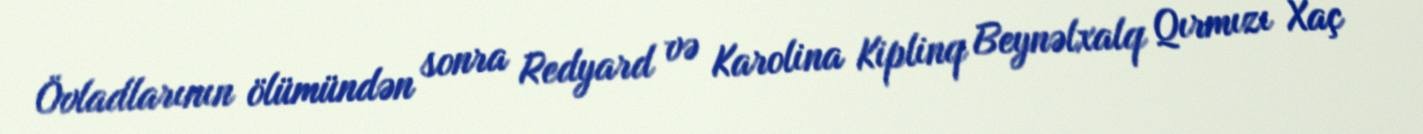
Övladlarının ölümündən sonra Redyard və Karolina Kiplinq Beynəlxalq Qırmızı Xaç